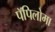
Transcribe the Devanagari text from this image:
पॅपिलोमा